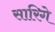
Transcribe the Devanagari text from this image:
सारिगे